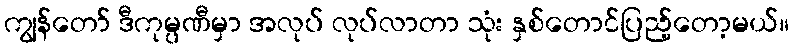
ကျွန်တော် ဒီကုမ္ပဏီမှာ အလုပ် လုပ်လာတာ သုံး နှစ်တောင်ပြည့်တော့မယ်။